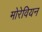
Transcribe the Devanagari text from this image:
मोरेवियन